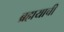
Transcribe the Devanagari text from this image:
ब्रह्मयाची